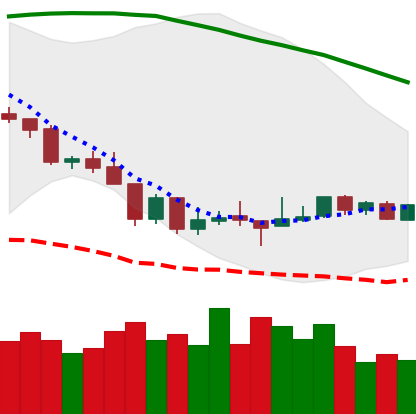
Ticker: BTC-USD
Chart end date: 2018-08-21
Forward return: 3.367%
Label: up_3_5